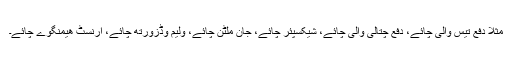
مثلاً دفع تیس والی چائے، دفع چتالی والی چائے، شیکسپئر چائے، جان ملٹن چائے، ولیم وڈزورتھ چائے، ارنسٹ ھیمنگوے چائے۔